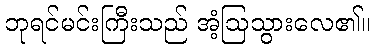
ဘုရင်မင်းကြီးသည် အံ့ဩသွားလေ၏။